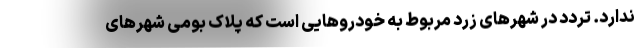
ندارد. تردد در شهرهای زرد مربوط به خودروهایی است که پلاک بومی شهرهای